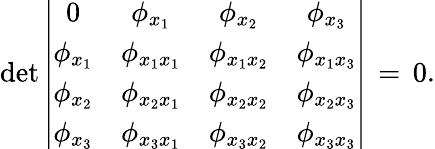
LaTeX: \operatorname*{det}\left|\begin{array}{cccc}{{0}}&{{\phi_{x_{1}}}}&{{\phi_{x_{2}}}}&{{\phi_{x_{3}}}}\\ {{\phi_{x_{1}}}}&{{\phi_{x_{1}x_{1}}}}&{{\phi_{x_{1}x_{2}}}}&{{\phi_{x_{1}x_{3}}}}\\ {{\phi_{x_{2}}}}&{{\phi_{x_{2}x_{1}}}}&{{\phi_{x_{2}x_{2}}}}&{{\phi_{x_{2}x_{3}}}}\\ {{\phi_{x_{3}}}}&{{\phi_{x_{3}x_{1}}}}&{{\phi_{x_{3}x_{2}}}}&{{\phi_{x_{3}x_{3}}}}\end{array}\right|\, =\, 0.